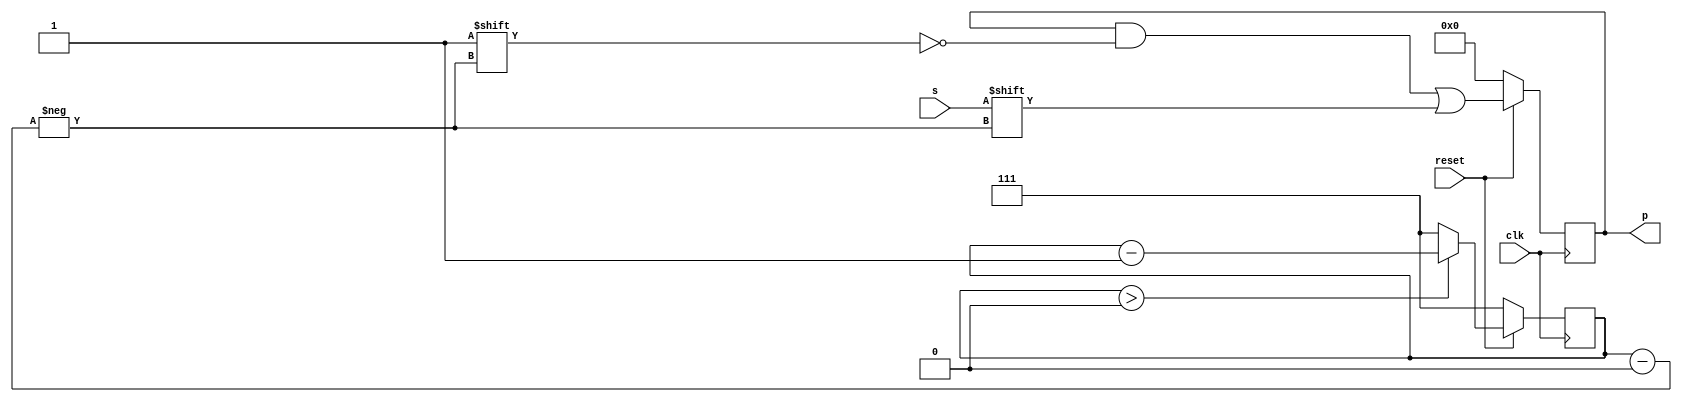
module SIPO // Serial para Paralelo
	(
	input 			s,			// Entrada SEruak
	input 			clk, 		// Entrada de Clock
	input 			reset,  	// Reseta os FFs
	output [7:0] 	p			// Saida Paralela
	);
	
	reg [7:0] q = 0;			// Buffer
	reg [2:0] i = 7;			// Index
	
	
	always @(posedge clk) begin
		if (!reset) begin
			q = 0;
			i = 7;
		end else if (i > 0) begin
			q[i] = s;
			i = i - 1;
		end else begin
			q[i] = s;
			i = 7;
		end
	end
	
	assign p = q;
	
endmodule